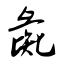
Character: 彘